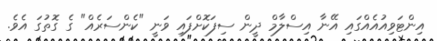
އިންޓަވިއުއެއްގައި އޭނާ އިސްލާމް ދީން ސިފަކޮށްފައި ވަނީ "ކެންސަރެއް" ގެ ގޮތުގަ އެވެ.